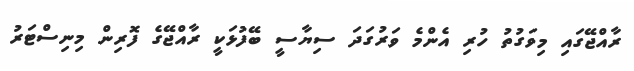
ރާއްޖޭގައި މިވަގުތު ހުރި އެންމެ ވަރުގަދަ ސިޔާސީ ބޭފުޅަކީ ރާއްޖޭގެ ފޮރިން މިނިސްޓަރު